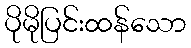
ပိုမိုပြင်းထန်သော